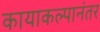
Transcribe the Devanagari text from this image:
कायाकल्पानंतर